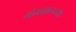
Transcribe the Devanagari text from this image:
गंगवालच्या